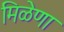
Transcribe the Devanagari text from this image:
मिळेणा